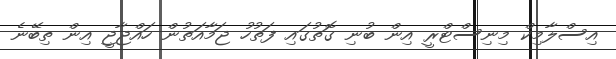
އިސްލާމިކް މިނިސްޓްރީ އިން ބުނި ގޮތުގައި ފަތުހު ޖަމާއަތުން ހައްޖާޖީ އިން ތިބޭނެ